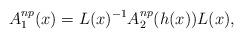
LaTeX: \begin{align*} A_1^{np}(x)=L(x)^{-1} A_2^{np}(h(x))L(x), \end{align*}